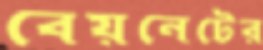
বেয়নেটের